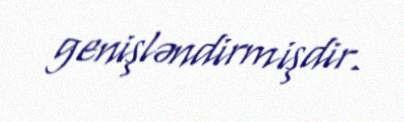
genişləndirmişdir.